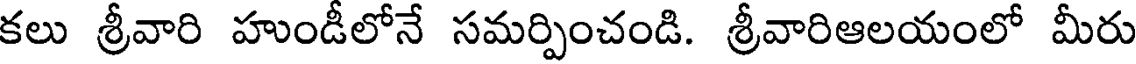
కలు శ్రీవారి హుండీలోనే సమర్పించండి. శ్రీవారిఆలయంలో మీరు